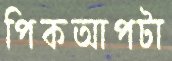
পিকআপটা